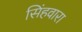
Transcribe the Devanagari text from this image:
सिंहवारा